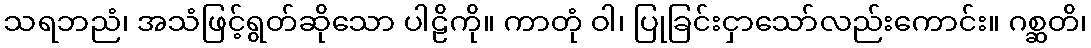
သရဘညံ၊ အသံဖြင့်ရွတ်ဆိုသော ပါဠိကို။ ကာတုံ ဝါ၊ ပြုခြင်းငှာသော်လည်းကောင်း။ ဂစ္ဆတိ၊